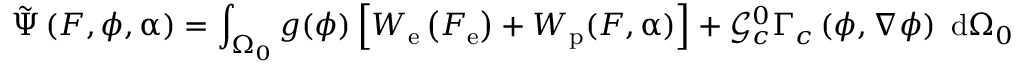
\tilde { \Psi } \left( \boldsymbol { F } , \phi , \boldsymbol { \upalpha } \right) = \int _ { \Omega _ { 0 } } g ( \phi ) \left[ W _ { \mathrm { e } } \left( \boldsymbol { F } _ { \mathrm { e } } \right) + W _ { \mathrm { p } } ( \boldsymbol { F } , \boldsymbol { \upalpha } ) \right] + \mathcal { G } _ { c } ^ { 0 } \Gamma _ { c } \left( \phi , \nabla \phi \right) \ \mathrm { d } \Omega _ { 0 }